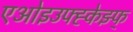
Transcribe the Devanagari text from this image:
एओइउफ्ह्केझ्फ्